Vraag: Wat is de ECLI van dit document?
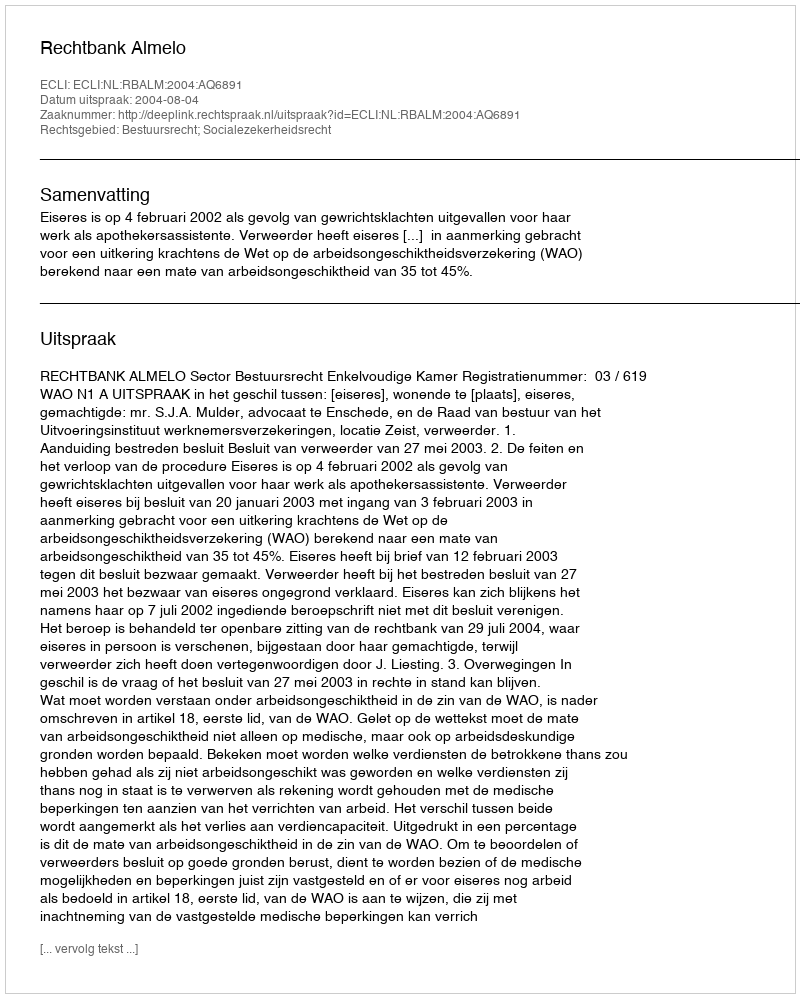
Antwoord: ECLI:NL:RBALM:2004:AQ6891